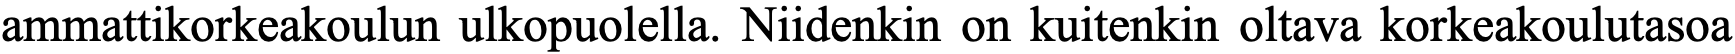
ammattikorkeakoulun ulkopuolella. Niidenkin on kuitenkin oltava korkeakoulutasoa